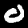
Label: 0